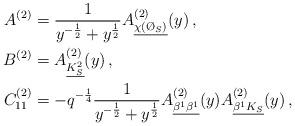
LaTeX: \begin{align*}A^{(2)}& = \frac{1}{y^{-\frac{1}{2}} + y^\frac{1}{2}} A^{(2)}_{\underline{\chi(\O_S)}}(y)\,,\\B^{(2)}& = A^{(2)}_{\underline{K_S^2}}(y)\,,\\C^{(2)}_{11}& = - q^{-\frac{1}{4}} \frac{1}{y^{-\frac{1}{2}} + y^\frac{1}{2}} A^{(2)}_{\underline{\beta^1\beta^1}}(y) A^{(2)}_{\underline{\beta^1K_S}}(y)\,,\end{align*}